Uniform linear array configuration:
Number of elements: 12
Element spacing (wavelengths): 1
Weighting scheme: cosine
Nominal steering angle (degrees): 15
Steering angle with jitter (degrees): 14.72
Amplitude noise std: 0.05
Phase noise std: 0.05

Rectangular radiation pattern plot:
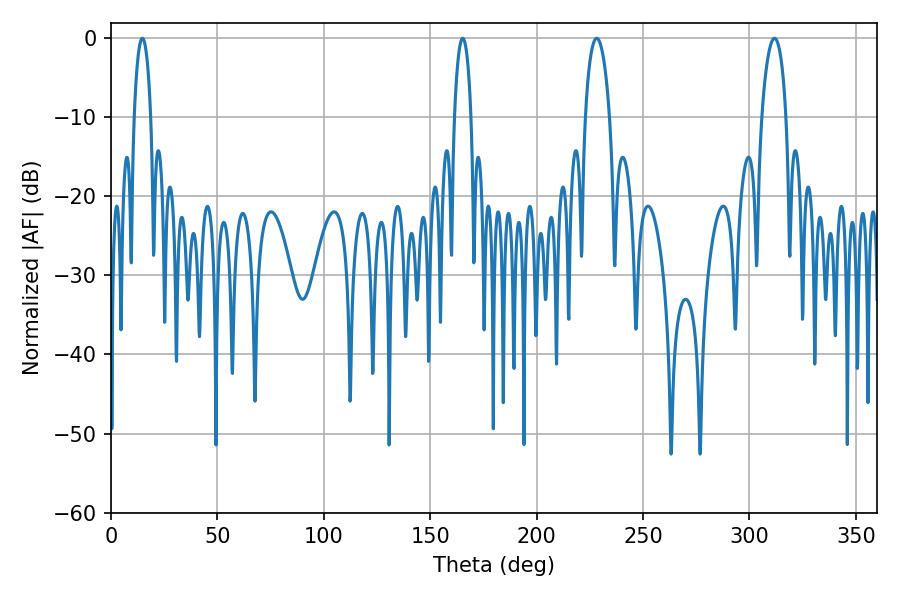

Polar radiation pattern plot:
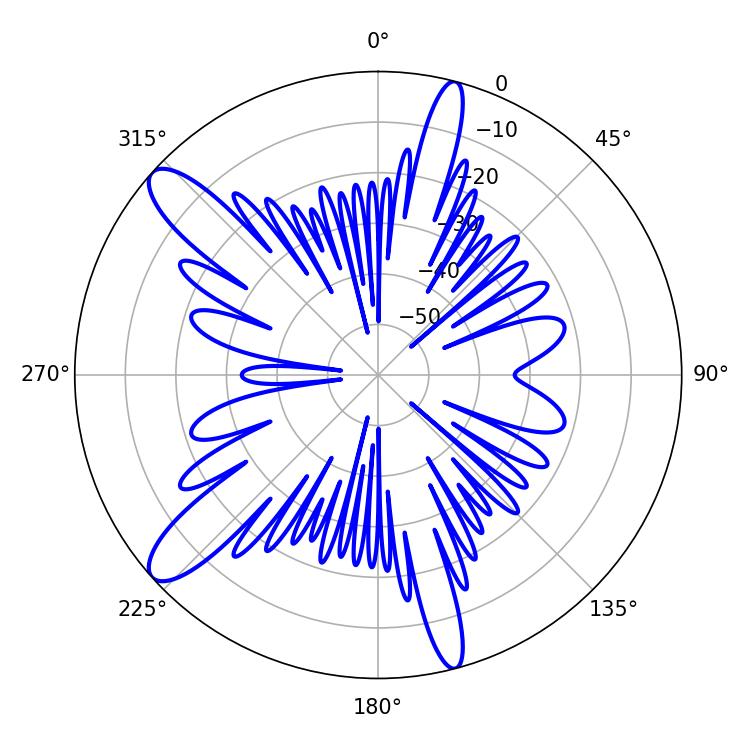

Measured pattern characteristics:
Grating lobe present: TRUE
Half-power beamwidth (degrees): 6.66
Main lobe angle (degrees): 228.24